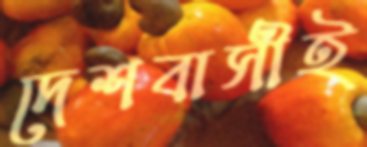
দেশবাসীই